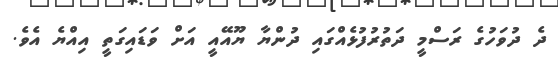
ދެ ދުވަހުގެ ރަސްމީ ދަތުރުފުޅެއްގައި ދުންޔާ ޔޫއޭއީ އަށް ވަޑައިގަތީ އިއްޔެ އެވެ.